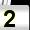
Digit: 2